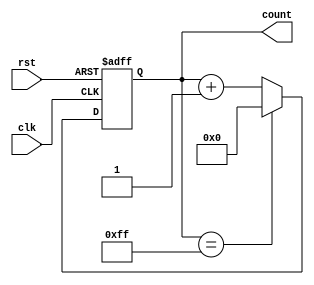
module incremental_counter #(
    parameter WIDTH = 8 // Parameter to set the width of the counter (default 8 bits)
)(
    input wire clk,      // Increment Trigger (Clock)
    input wire rst,      // Asynchronous Reset Signal
    output reg [WIDTH-1:0] count // Output: Current count value
);

// Always block to handle the counting and resetting
always @(posedge clk or posedge rst) begin
    if (rst) begin
        // If reset is asserted, set count to zero
        count <= 0;
    end else begin
        // Increment the count (wrap around behavior)
        if (count == {WIDTH{1'b1}}) begin
            count <= 0; // Wrap around if maximum value is reached
        end else begin
            count <= count + 1; // Increment the count
        end
    end
end

endmodule